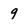
Character: q